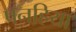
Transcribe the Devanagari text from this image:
पनहिया